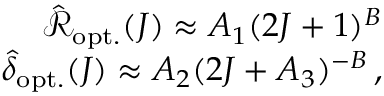
\begin{array} { r } { \hat { \mathcal { R } } _ { \mathrm { o p t . } } ( J ) \approx A _ { 1 } ( 2 J + 1 ) ^ { B } } \\ { \hat { \delta } _ { \mathrm { o p t . } } ( J ) \approx A _ { 2 } ( 2 J + A _ { 3 } ) ^ { - B } \, , } \end{array}